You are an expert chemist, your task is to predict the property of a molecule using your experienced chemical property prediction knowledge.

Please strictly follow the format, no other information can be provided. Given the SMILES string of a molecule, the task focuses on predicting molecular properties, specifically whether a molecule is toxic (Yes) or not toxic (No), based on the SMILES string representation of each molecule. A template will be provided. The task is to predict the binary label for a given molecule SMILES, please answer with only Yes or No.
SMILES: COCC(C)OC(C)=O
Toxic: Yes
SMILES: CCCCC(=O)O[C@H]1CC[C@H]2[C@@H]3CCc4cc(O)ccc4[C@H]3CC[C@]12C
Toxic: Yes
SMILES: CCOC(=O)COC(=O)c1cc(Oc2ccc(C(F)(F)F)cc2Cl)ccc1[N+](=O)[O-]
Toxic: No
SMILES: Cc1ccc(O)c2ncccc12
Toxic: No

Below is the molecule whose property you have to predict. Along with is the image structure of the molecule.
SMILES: CC(C)=CC(=O)C=C(C)C
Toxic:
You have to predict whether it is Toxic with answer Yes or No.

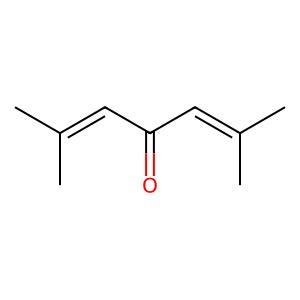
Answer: No